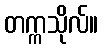
တက္ကသိုလ်။